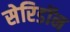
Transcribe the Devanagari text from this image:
सेरिडॉन